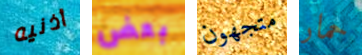
أذنيه بعض متجهون حمار